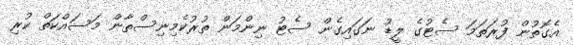
އެގޮތުން ފުރަތަމަ ސެޓުގެ ލީޑު ނަގައިގެން ސެޓު ނިންމަން ތުރުކެމިނިސްތާން މަސައްކަތް ކުރި